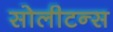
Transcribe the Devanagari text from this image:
सोलीटन्स